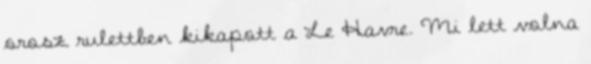
orosz rulettben kikapott a Le Havre. Mi lett volna